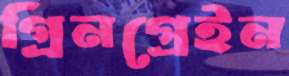
গ্রিনগ্রেইন